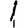
Digit: 1